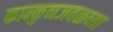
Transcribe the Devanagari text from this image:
कान्कुनजवळच्या